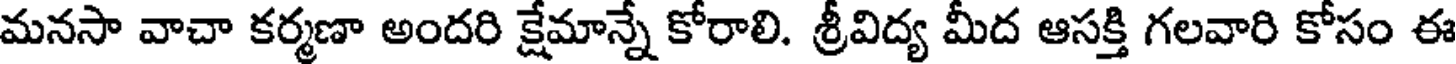
మనసా వాచా కర్మణా అందరి క్షేమాన్నే కోరాలి. శ్రీవిద్య మీద ఆసక్తి గలవారి కోసం ఈ